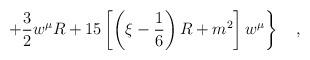
LaTeX: \begin{align*}\left.+\frac 32 w^\mu R+15\left[\left(\xi-\frac 16\right)R+m^2\right]w^\mu\right\}~~~,\end{align*}